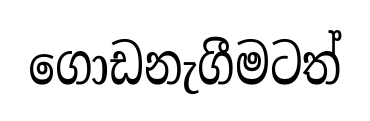
ගොඩනැගීමටත්